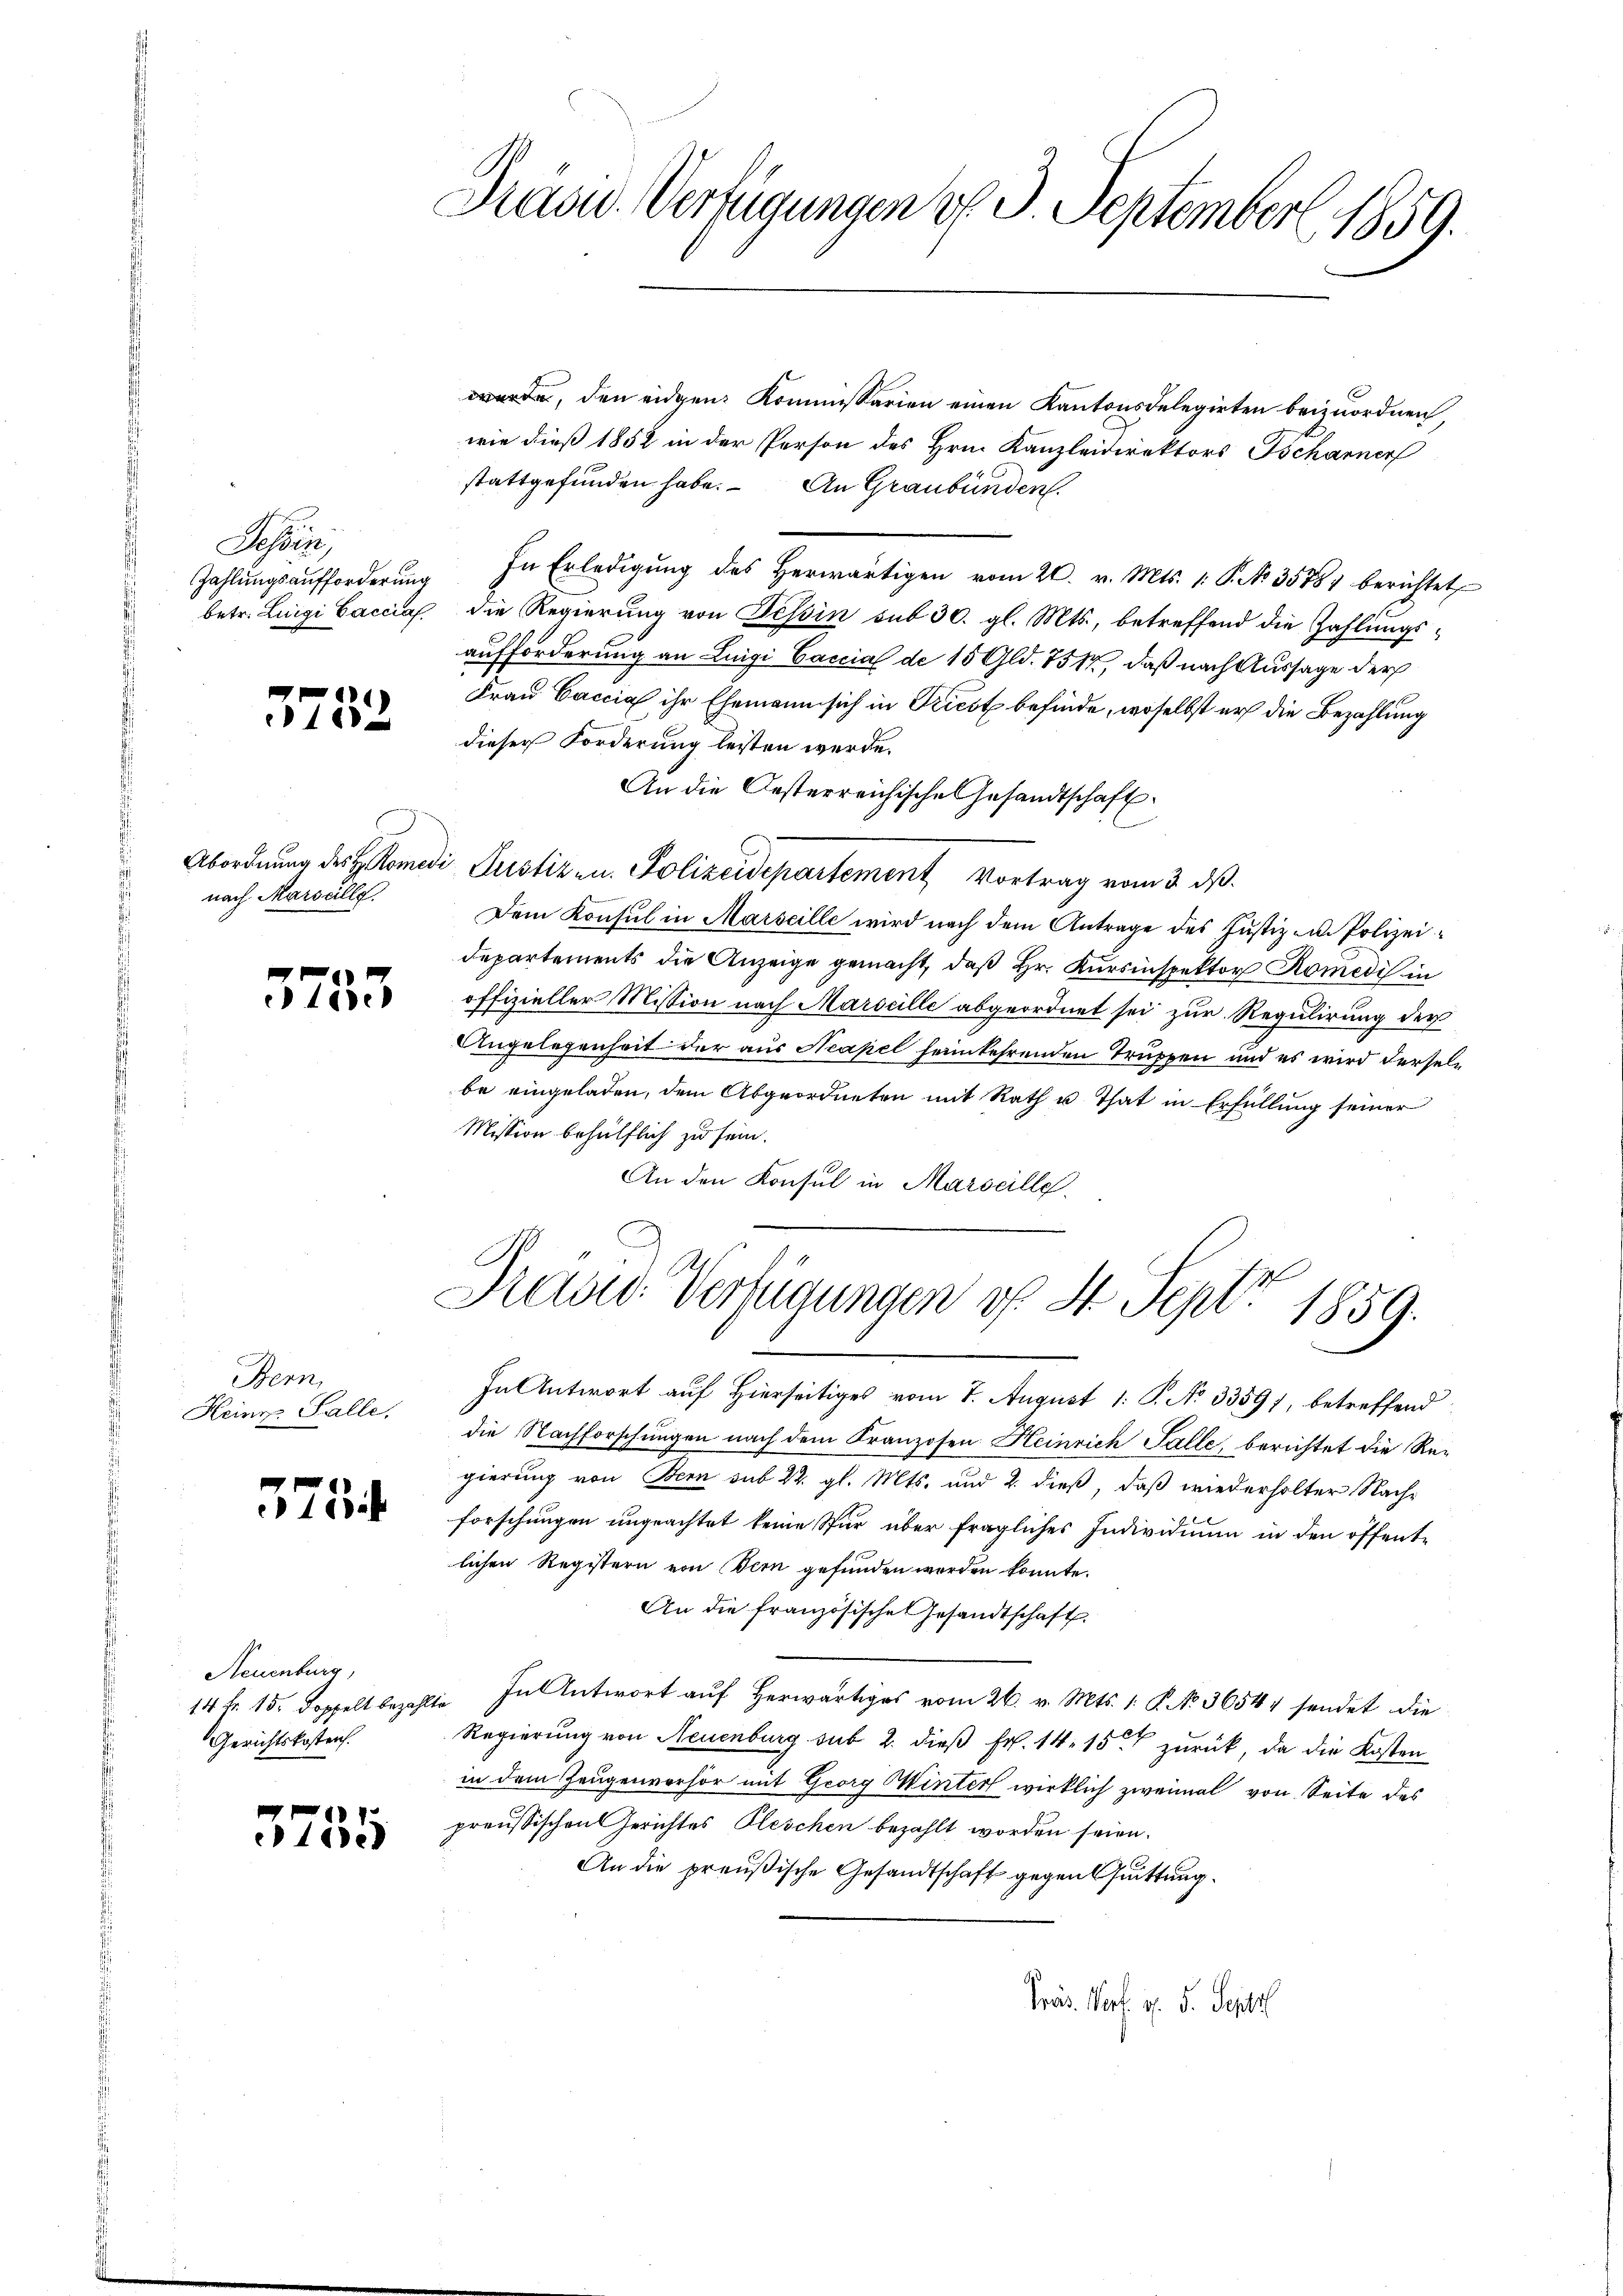
Tessin,
Zahlungsaufforderung
betr. Luigi Cacciaf.

1
118

Abordnung des H. Romen
nach Marseillg.

5735

Bern,
Heinr. Salle.

575

Neuenburg,
14 Fr. 15. Doppelt bezahlt
Gerichtskosten.

1.
1te

Prand. Verfügungen d. 3. September 1859.

Kasid. Verfügungen v. 4. Sept 1859.

wurde, den eidgen. Kommissarien einen Kantonsdelegirten beizuordnen
wie dieß 1852 in der Person des Hrn. Kanzleidirektors Tschanner
stattgefunden habe. An Graubünden.
In Erledigŭng des herwärtigen vom 20. v. Mts. 1. P. No. 3578 berichtet
die Regierung von Tessin sub 30. gl. Mts., betreffend die Zahlungsaufforderung an Luigi Caccial de 15 Gld. 751, daß nach Aussage der
Frau Caccia ihr Ehemann sich in Triest befinde, woselbst er die Bezahlung
dieser Forderung leisten werde.
An die Oesterreichische Gesandtschaft
di Justizen. Polizeidepartement Vortrag vom 3. ds.
Dem Konsul in Marseille wird nach dem Antrage des Justiz am Polizei¬
Departements die Anzeige gemacht, daß Hr. Kursinspektor Komedis in
offizieller Mission nach Marseille abgeordnet sei zur Regulirung der
Angelegenheit der aus Neapel feinkehrenden Truppen und es wird derselbe eingeladen, dem Abgeordneten mit Rath u. That in Erfüllung seiner
Mission behülflich zu sein.
An den Konsul in Marseille

In Antwort auf Hierseitiges vom 7. August 1 S. No 3359), betreffend
die Nachforschungen nach dem Franzosen Heinrich Salle, berichtet die Regierung von Bern sub 22. gl. Mts. und 2. dieß, daß wiederholter Nachforschungen ungeachtet keine Star über fragliches Individium in den öffentlichen Registern von Bern gefunden werden konnte.
An die französische Gesandtschaft.
i. In Antwort auf Herwärtiges vom 26. v. Mts. 1. P. N. 36544 sendet die
Regierung von Neuenburg sub 2. dieß Fr. 14. 15 zurück, da die Kosten
in dem Zeugenverhör mit Georg Winter wirklich zweimal von Seite des
preussischen Gerichtes Pleschen bezahlt worden seien.
An die preußische Gesandtschaft gegen Quittung.
Präs. Porf. v. 5. Septe